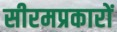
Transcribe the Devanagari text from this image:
सीरमप्रकारों